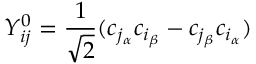
Y _ { i j } ^ { 0 } = \frac { 1 } { \sqrt { 2 } } ( c _ { { j _ { \alpha } } } c _ { { i _ { \beta } } } - c _ { { j _ { \beta } } } c _ { { i _ { \alpha } } } )